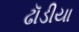
ઢૉડીયા